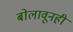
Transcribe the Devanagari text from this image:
बोलावूनही